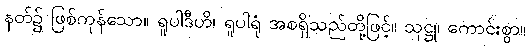
နတ်၌ ဖြစ်ကုန်သော။ ရူပါဒီဟိ၊ ရူပါရုံ အစရှိသည်တို့ဖြင့်။ သုဋ္ဌု၊ ကောင်းစွာ။